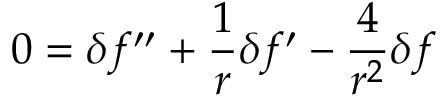
\displaystyle { 0 = \delta f ^ { \prime \prime } + \frac { 1 } { r } \delta f ^ { \prime } - \frac { 4 } { r ^ { 2 } } \delta f }